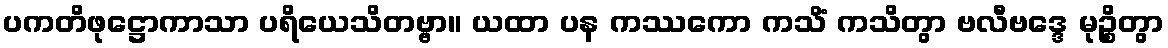
ပကတိဖုဋ္ဌောကာသာ ပရိယေသိတဗ္ဗာ။ ယထာ ပန ကဿကော ကသိံ ကသိတွာ ဗလီဗဒ္ဒေ မုဉ္စိတွာ